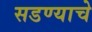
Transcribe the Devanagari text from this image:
सडण्याचे